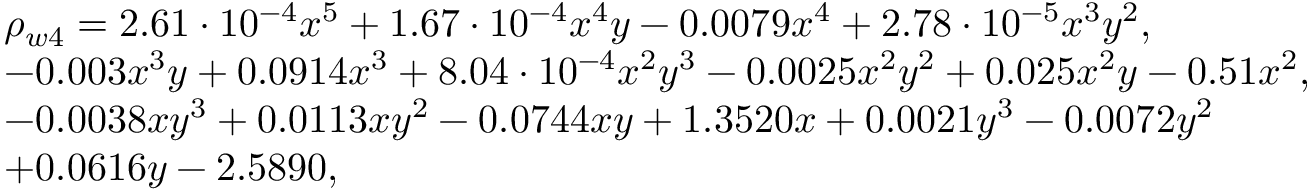
\begin{array} { r l } & { \rho _ { w 4 } = 2 . 6 1 \cdot 1 0 ^ { - 4 } x ^ { 5 } + 1 . 6 7 \cdot 1 0 ^ { - 4 } x ^ { 4 } y - 0 . 0 0 7 9 x ^ { 4 } + 2 . 7 8 \cdot 1 0 ^ { - 5 } x ^ { 3 } y ^ { 2 } , } \\ & { - 0 . 0 0 3 x ^ { 3 } y + 0 . 0 9 1 4 x ^ { 3 } + 8 . 0 4 \cdot 1 0 ^ { - 4 } x ^ { 2 } y ^ { 3 } - 0 . 0 0 2 5 x ^ { 2 } y ^ { 2 } + 0 . 0 2 5 x ^ { 2 } y - 0 . 5 1 x ^ { 2 } , } \\ & { - 0 . 0 0 3 8 x y ^ { 3 } + 0 . 0 1 1 3 x y ^ { 2 } - 0 . 0 7 4 4 x y + 1 . 3 5 2 0 x + 0 . 0 0 2 1 y ^ { 3 } - 0 . 0 0 7 2 y ^ { 2 } } \\ & { + 0 . 0 6 1 6 y - 2 . 5 8 9 0 , } \end{array}